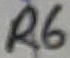
Text: R6